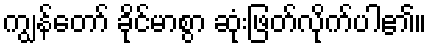
ကျွန်တော် ခိုင်မာစွာ ဆုံးဖြတ်လိုက်ပါ၏။